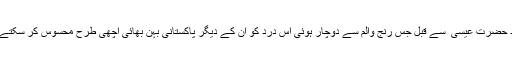
میلاد حضرت عیسیٰ ؑ سے قبل جس رنج والم سے دوچار ہوئی اس درد کو ان کے دیگر پاکستانی بہن بھائی اچھی طرح محسوس کر سکتے ہیں۔